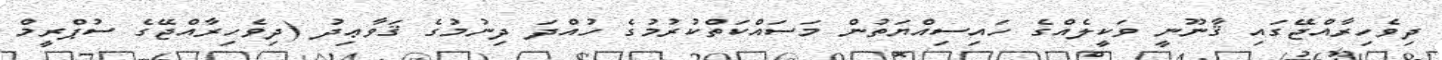
ދިވެހިރާއްޖޭގައި ޤާނޫނީ ވަކީލެއްގެ ހައިސިއްޔަތުން މަސައްކަތްކުރުމުގެ ހުއްދަ ދިނުމުގެ ޤަވާޢިދު (ދިވެހިރާއްޖޭގެ ސުޕްރީމް